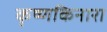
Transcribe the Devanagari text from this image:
कृष्णकिनारा